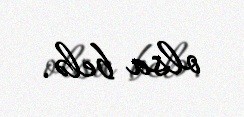
olsa belə.